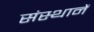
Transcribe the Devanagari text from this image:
संस्थानें